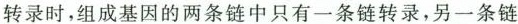
转录时，组成基因的两条链中只有一条链转录，另一条链